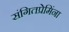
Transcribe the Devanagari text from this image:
संगितप्रेमिंना